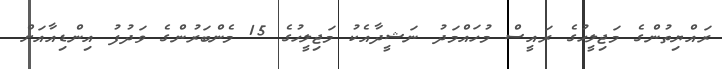
ރައްޔިތުންގެ މަޖިލީހުގެ ރައީސް މުހައްމަދު ނަޝީދާއެކު މަޖިލީހުގެ 15 މެންބަރުންގެ ވަދުފު އިންޑިއާއަށް